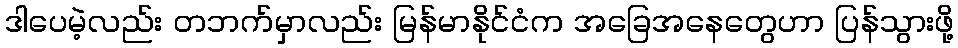
ဒါပေမဲ့လည်း တဘက်မှာလည်း မြန်မာနိုင်ငံက အခြေအနေတွေဟာ ပြန်သွားဖို့